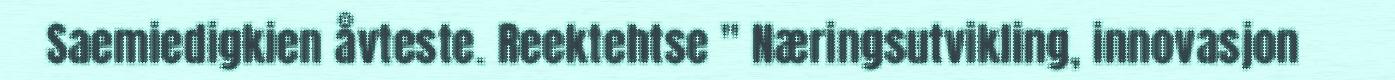
Saemiedigkien åvteste. Reektehtse " Næringsutvikling, innovasjon